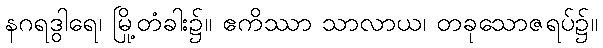
နဂရဒွါရေ၊ မြို့တံခါး၌။ ဧကိဿာ သာလာယ၊ တခုသောဇရပ်၌။